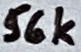
Text: 56k